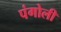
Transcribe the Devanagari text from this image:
पंगोली